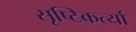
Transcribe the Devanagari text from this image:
सृष्टिकर्त्या